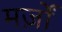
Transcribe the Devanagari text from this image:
मर्ज़ों